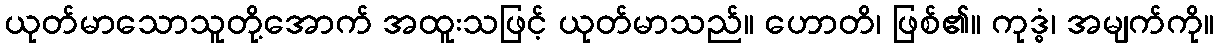
ယုတ်မာသောသူတို့အောက် အထူးသဖြင့် ယုတ်မာသည်။ ဟောတိ၊ ဖြစ်၏။ ကုဒ္ဓံ၊ အမျက်ကို။